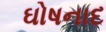
ઘોષનાદ